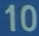
10